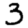
Digit: 3